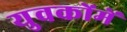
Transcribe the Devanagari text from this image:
युवकोंमें